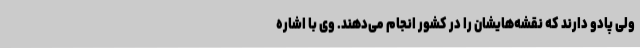
ولی پادو دارند که نقشه‌هایشان را در کشور انجام می‌دهند. وی با اشاره